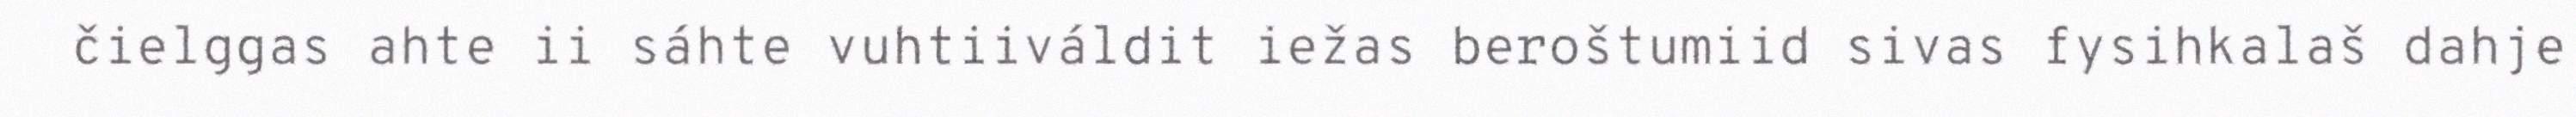
čielggas ahte ii sáhte vuhtiiváldit iežas beroštumiid sivas fysihkalaš dahje